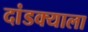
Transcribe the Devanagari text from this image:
दांडक्याला